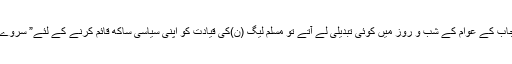
اگر یہ منصوبے پنجاب کے عوام کے شب و روز میں کوئی تبدیلی لے آتے تو مسلم لیگ (ن)کی قیادت کو اپنی سیاسی ساکھ قائم کرنے کے لئے” سروے “ نہ کرانے پڑتے۔